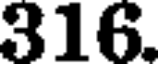
316.